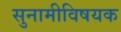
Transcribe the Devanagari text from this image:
सुनामीविषयक